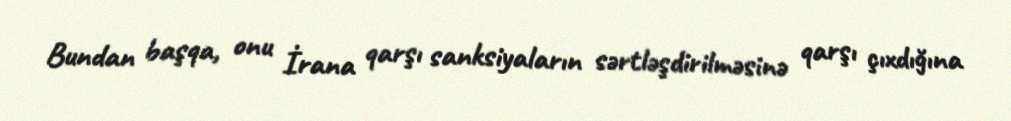
Bundan başqa, onu İrana qarşı sanksiyaların sərtləşdirilməsinə qarşı çıxdığına